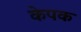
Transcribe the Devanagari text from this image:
केपक